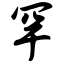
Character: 罕